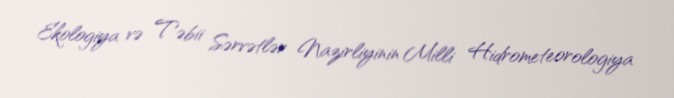
Ekologiya və Təbii Sərvətlər Nazirliyinin Milli Hidrometeorologiya